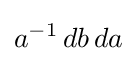
a^{-1}\,db\,da